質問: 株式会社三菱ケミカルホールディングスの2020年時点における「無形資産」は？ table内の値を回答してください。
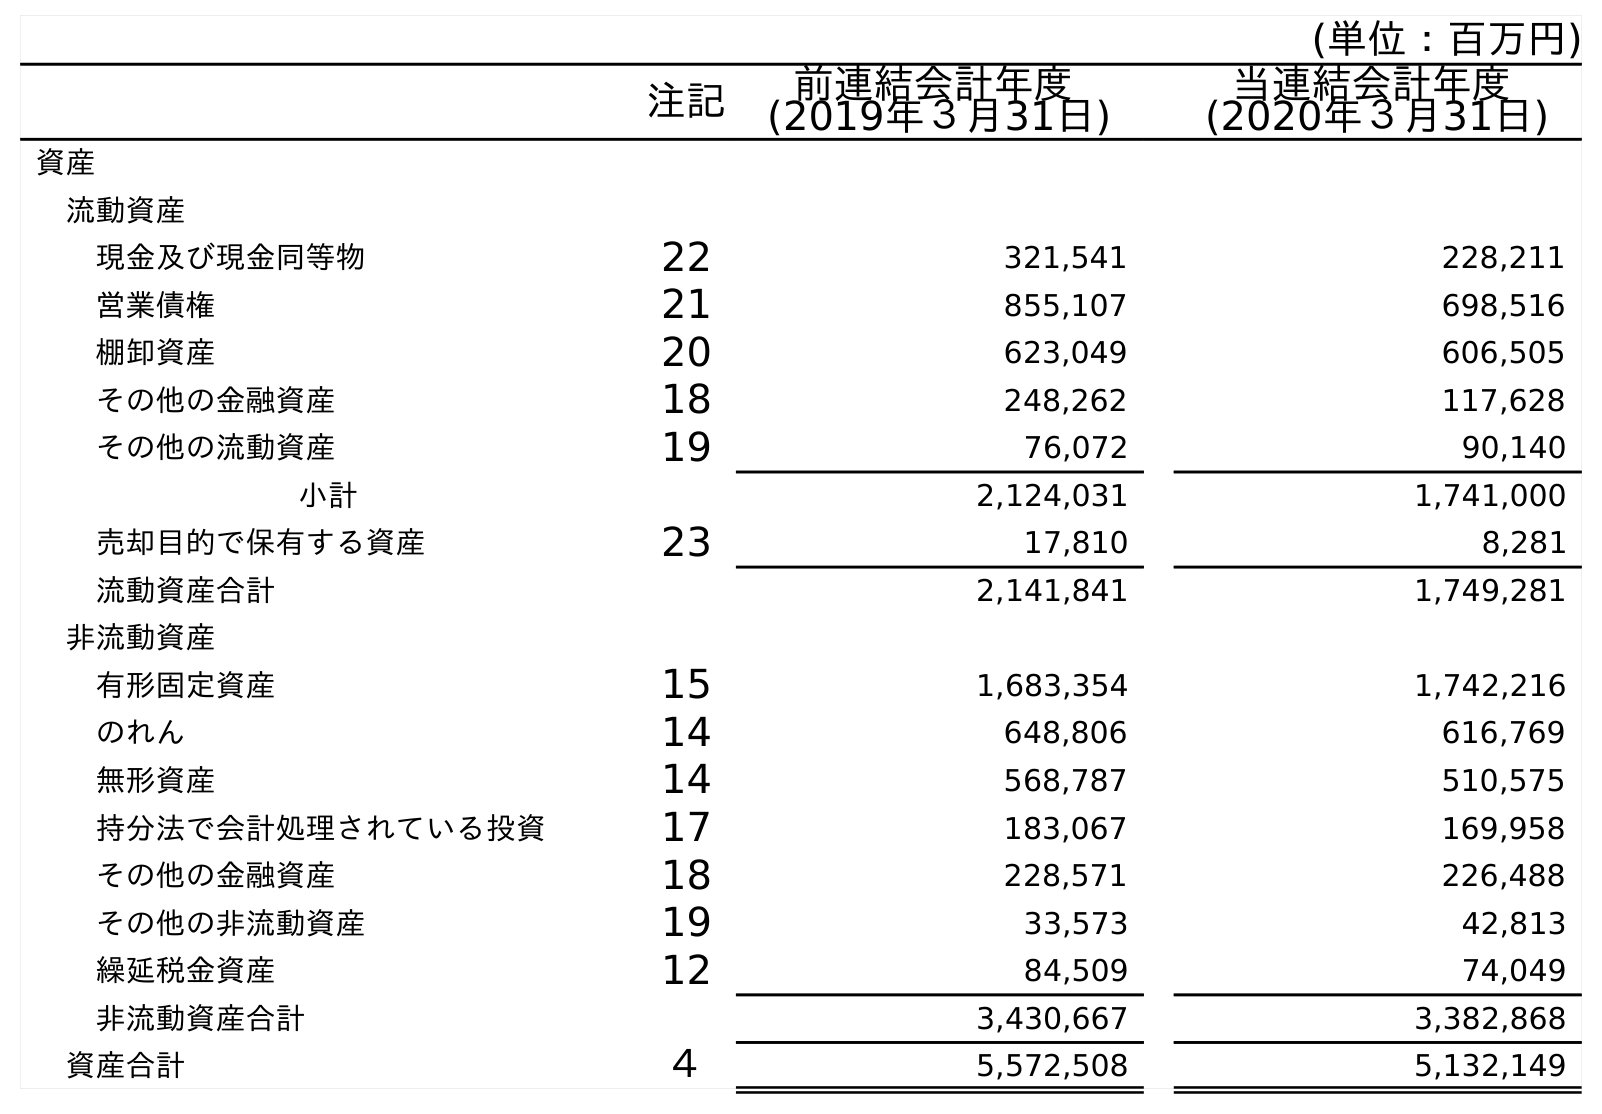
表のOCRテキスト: (単位：百万円) 注記 前連結会計年度 (2019年３月31日) 当連結会計年度 (2020年３月31日) 資産 流動資産 現金及び現金同等物 22 321,541 228,211 営業債権 21 855,107 698,516 棚卸資産 20 623,049 606,505 その他の金融資産 18 248,262 117,628 その他の流動資産 19 76,072 90,140 小計 2,124,031 1,741,000 売却目的で保有する資産 23 17,810 8,281 流動資産合計 2,141,841 1,749,281 非流動資産 有形固定資産 15 1,683,354 1,742,216 のれん 14 648,806 616,769 無形資産 14 568,787 510,575 持分法で会計処理されている投資 17 183,067 169,958 その他の金融資産 18 228,571 226,488 その他の非流動資産 19 33,573 42,813 繰延税金資産 12 84,509 74,049 非流動資産合計 3,430,667 3,382,868 資産合計 ４ 5,572,508 5,132,149
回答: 510,575